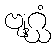
ဗျဂ္ဃံ